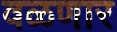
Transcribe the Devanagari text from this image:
वळणार